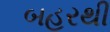
બહરથી